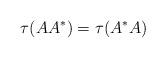
LaTeX: \begin{align*}\tau (AA^*) = \tau(A^*A) \end{align*}